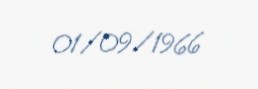
01/09/1966